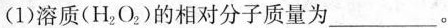
(1)溶质(H_{2}O_{2})的相对分子质量为___。